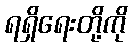
ရရှိရေးတို့ကို